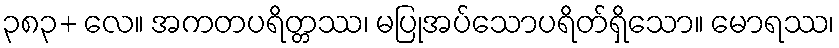
၃၈၃+ လေ။ အကတပရိတ္တဿ၊ မပြုအပ်သောပရိတ်ရှိသော။ မောရဿ၊